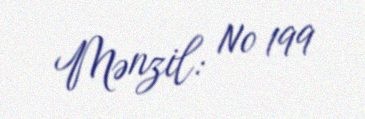
Mənzil: № 199